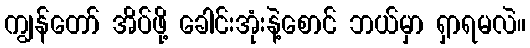
ကျွန်တော် အိပ်ဖို့ ခေါင်းအုံးနဲ့စောင် ဘယ်မှာ ရှာရမလဲ။